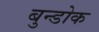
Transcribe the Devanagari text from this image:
बुन्डोक